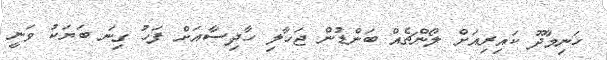
ހަނިމާދޫ ކައިރިއަށް ލޯންޗެއް ބަންޑުން ޖަހާލި ހާދިސާއަށް ފަހު ގިނަ ބަޔަކު ވަނީ